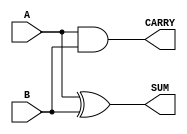
module half_adder #(
    parameter WIDTH = 1  // Parameter to define the width of the inputs and outputs
) (
    input  [WIDTH-1:0] A,  // Input A
    input  [WIDTH-1:0] B,  // Input B
    output [WIDTH-1:0] SUM, // Output SUM
    output [WIDTH-1:0] CARRY // Output CARRY
);

    // Combinational logic for SUM and CARRY
    assign SUM = A ^ B;    // SUM is the XOR of A and B
    assign CARRY = A & B;  // CARRY is the AND of A and B

endmodule